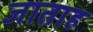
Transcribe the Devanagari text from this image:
जाताह